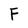
Character: F